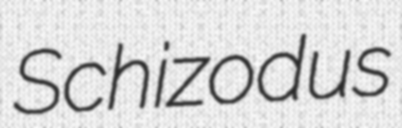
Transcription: Schizodus